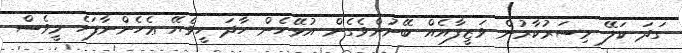
ގަދަ ކަލޭ މިސަރުކާރުން ވަޒީފާއެއް ބޭނުންވެގެން އުޅޭހެން ހާދަ ހީވެޔޭ ޢެހެންނާފަހެ މީވެސް